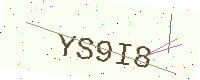
Text: YS9I8